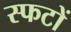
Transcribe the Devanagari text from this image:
स्फटों